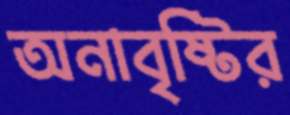
অনাবৃষ্টির